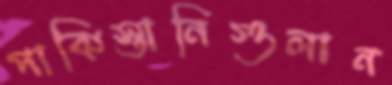
পাকিস্তানিগুলান